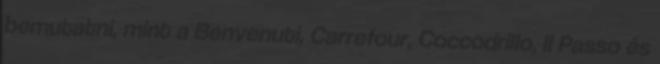
bemutatni, mint a Benvenuti, Carrefour, Coccodrillo, Il Passo és